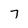
Character: 7